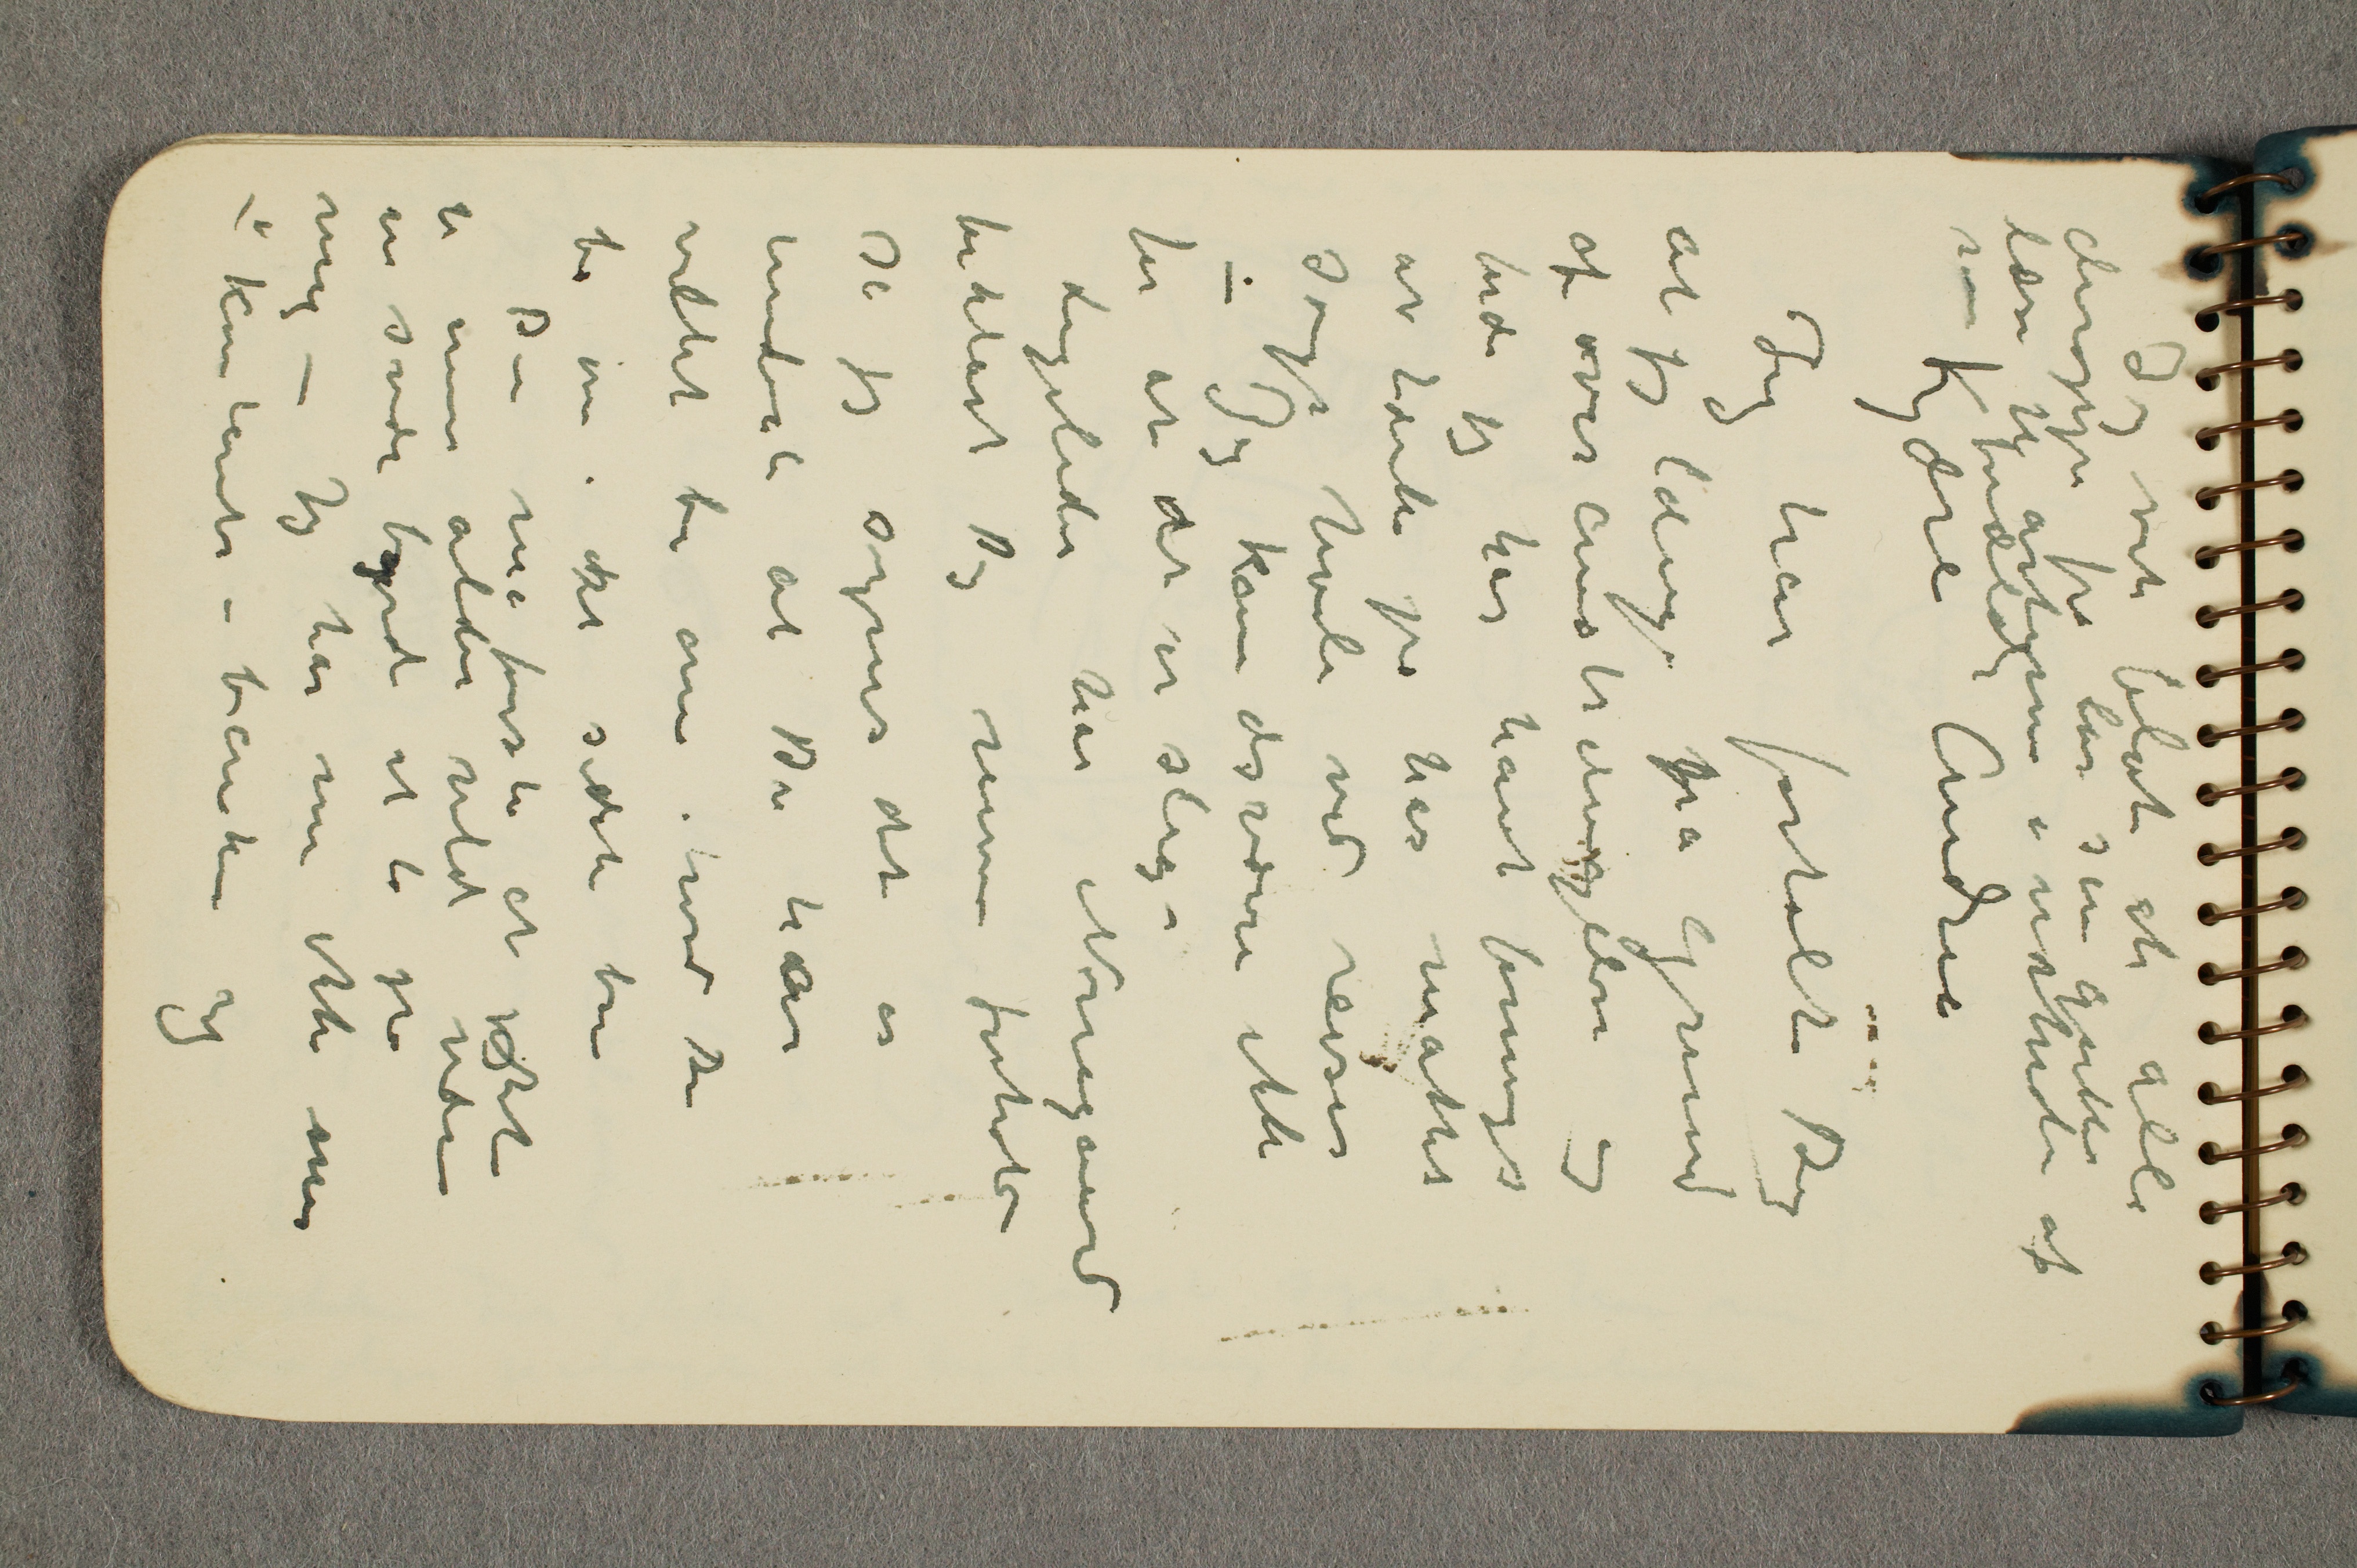
Jeg vil blot at alle
deroppe fra lar sine gutter
læse til artium i nærheden af
sine forældre
Kjære Andrea
Jeg har fortalt Dig
at jeg længe på grund
af overanstrængelse og
fordi jeg har havt formeget
at tænke på har måttet
søge hvile ved reiser
– Jeg kan desværre ikke
for at det er slig –
Ligeledes har Nørregaard
forklaret Dig mine forhold
så jeg synes det er
underli at Du har
villet be om hvad Du
ba om iDit sidste brev
Du må forstå at det
i min alder vilde være
en svær byrde at ta på
mig – Jeg har nu ikke mer
– kontanter i banken og